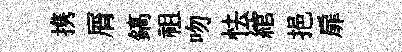
携屑鎬祖吻怯綰挹扉